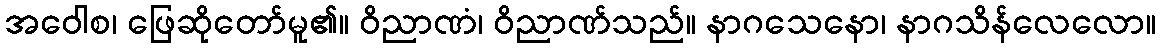
အဝေါစ၊ ဖြေဆိုတော်မူ၏။ ဝိညာဏံ၊ ဝိညာဏ်သည်။ နာဂသေနော၊ နာဂသိန်လေလော။